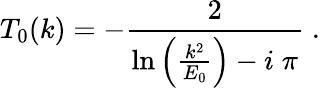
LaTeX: T_{0}(k)=-\frac{2}{\mathrm{ln}\left(\frac{k^{2}}{E_{0}}\right)-i\; \pi}\; .